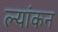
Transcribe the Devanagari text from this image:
ल्यांकन